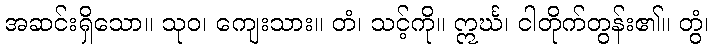
အဆင်းရှိသော။ သုဝ၊ ကျေးသား။ တံ၊ သင့်ကို။ ဣင်္ဃ၊ ငါတိုက်တွန်း၏။ တွံ၊